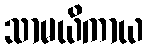
သာမယိကာယ